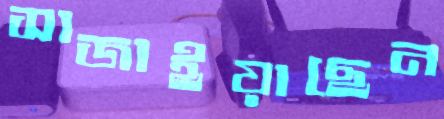
সাজাইয়াছেন